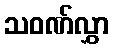
သဝဏ်လွှာ